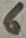
Text: 6